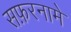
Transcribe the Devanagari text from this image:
सफ़रनामे